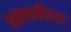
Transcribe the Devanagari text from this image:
श्रमशक्तीच्या